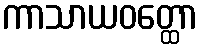
ကာသာယဝတ္ထော